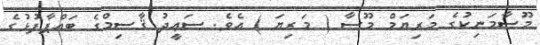
މޫސާމަނިކުގެ މަރިޔަމް މޫސާ ( މަރިޔަ ) އެވެ. ސަޢީދު ޤާސިމްގެ ބައްޕާފުޅުގެ